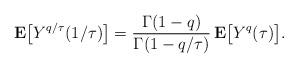
LaTeX: \begin{align*}{\bf E}\bigl[Y^{q/\tau}(1/\tau)\bigr] = \frac{\Gamma(1-q)}{\Gamma(1-q/\tau)}\,{\bf E}\bigl[Y^q(\tau)\bigr]. \end{align*}